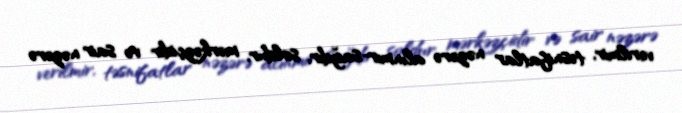
verilmir, təsnifatlar nəzərə alınmır-sağdır, soldur, mərkəzçidir və sair nəzərə